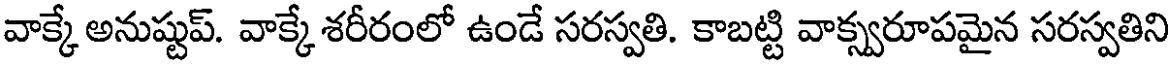
వాక్కే అనుష్టుప్. వాక్కే శరీరంలో ఉండే సరస్వతి. కాబట్టి వాక్స్వరూపమైన సరస్వతిని